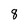
Character: 8